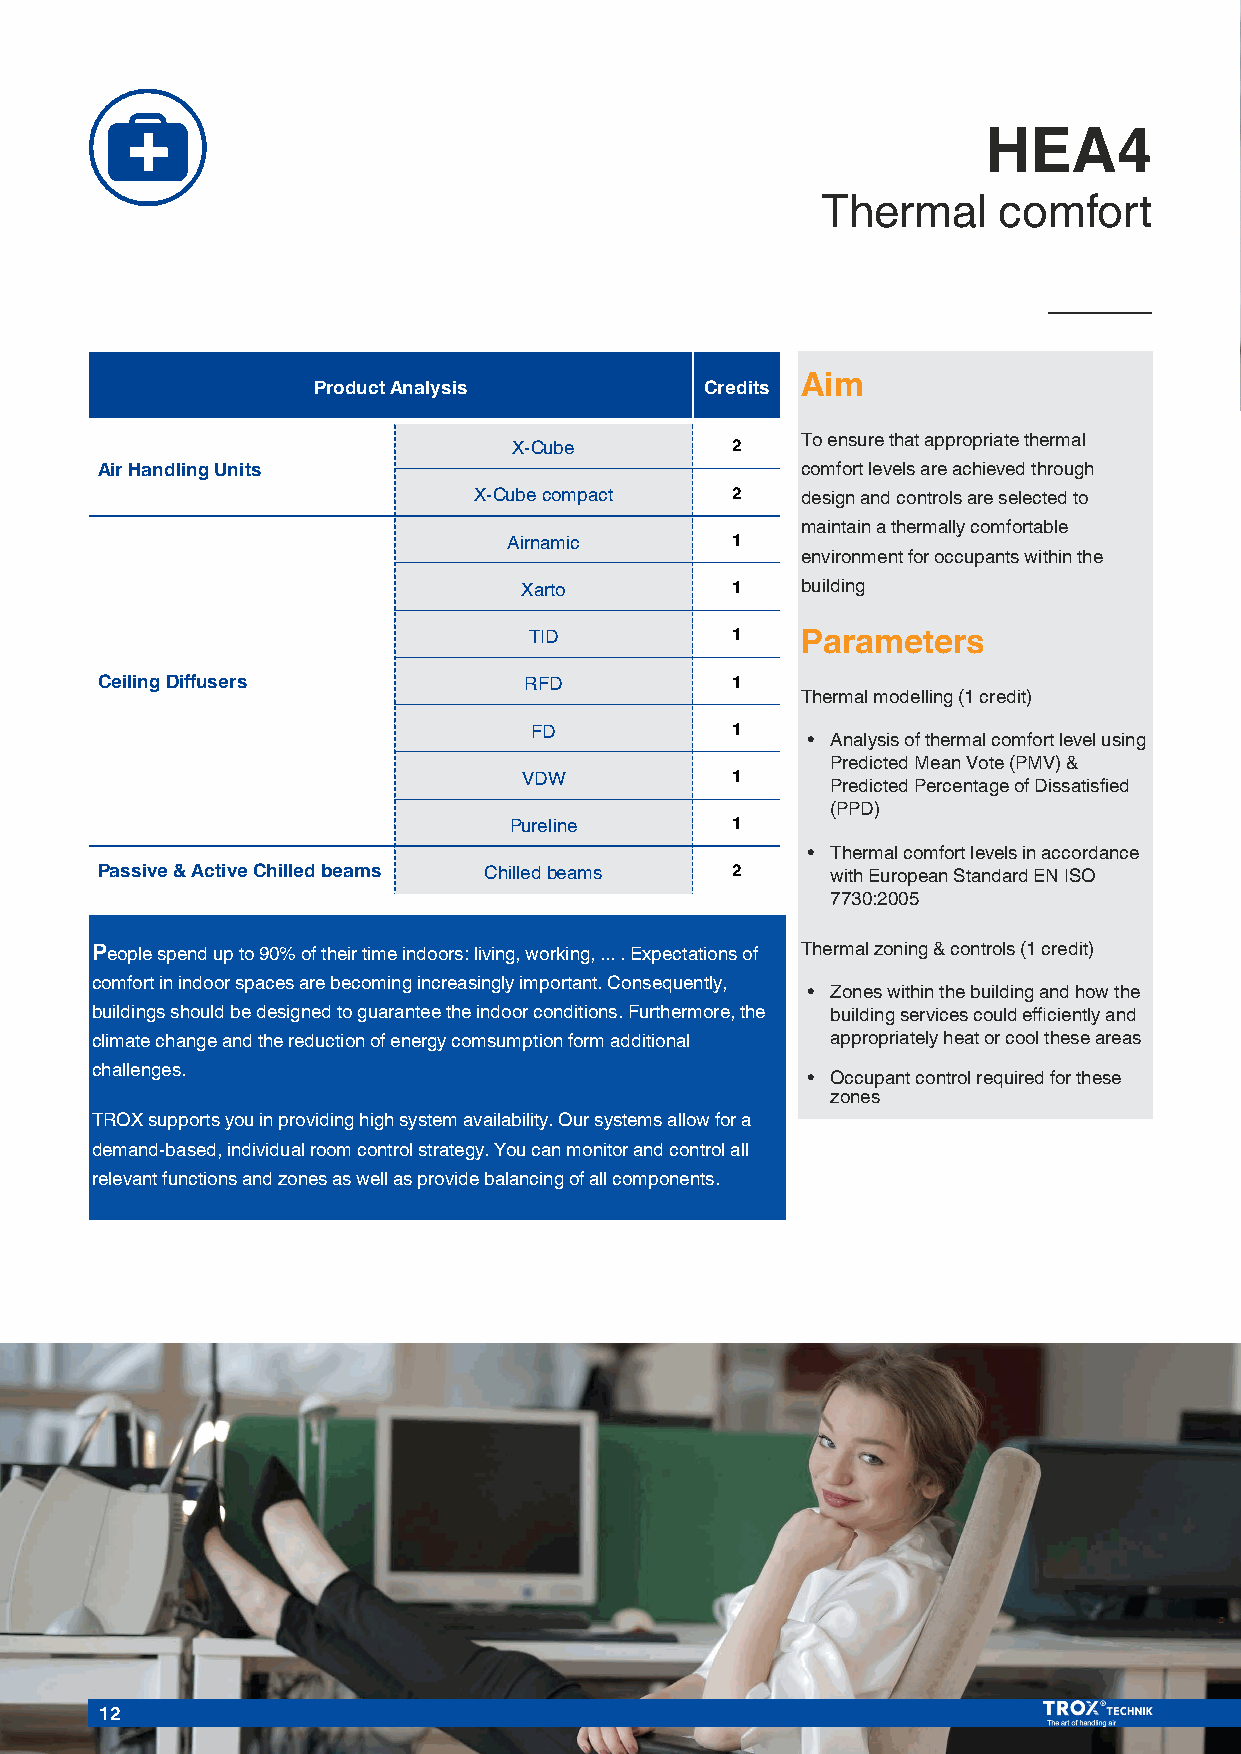
HEA4
 Thermal     comfort
 Product Analysis          Credits Aim
 To ensure that appropriate thermal
 X-Cube        2
 Air Handling Units                             comfort levels are achieved through
 X-Cube compact   2    design and controls are selected to
 maintain a thermally comfortable
 Airnamic      1
 environment for occupants within the
 Xarto         1    building
 TID          1    Parameters
 CeilingDiffusers             RFD          1
 Thermal modelling (1 credit)
 FD           1
 • Analysis of thermal comfort level using
 Predicted Mean Vote (PMV) &
 VDW          1
 Predicted Percentage of Dissatisfied
 (PPD)
 Pureline      1
 • Thermal comfort levels in accordance
 Passive & Active Chilledbeams Chilledbeams 2     with European Standard EN ISO
 7730:2005
 People spend up to 90% of their time indoors: living, working, ... . Expectations of Thermal zoning & controls (1 credit)
 comfort in indoor spaces are becoming increasingly important. Consequently,
 • Zones within the building and how the
 buildings should be designed to guarantee the indoor conditions. Furthermore, the building services could efficiently and
 climate change and the reduction of energy comsumption form additional appropriately heat or cool these areas
 challenges.
 • Occupant control required for these
 zones
 TROX supports you in providing high system availability. Our systems allow for a
 demand-based, individual room control strategy. You can monitor and control all
 relevant functions and zones as well as provide balancing of all components.
 12